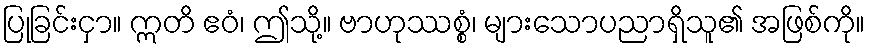
ပြုခြင်းငှာ။ ဣတိ ဧဝံ၊ ဤသို့။ ဗာဟုဿစ္စံ၊ များသောပညာရှိသူ၏ အဖြစ်ကို။